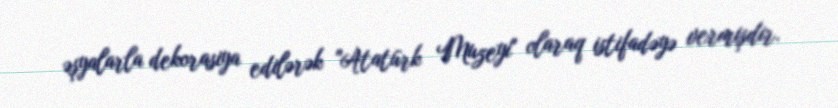
əşyalarla dekorasiya edilərək "Atatürk Muzeyi" olaraq istifadəyə vermişdir.